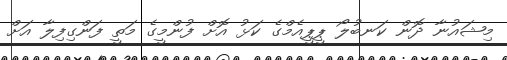
މިޝައުނާ ދޮން ކަނބުލޯ ޕީޕީއެމްގެ ކަޅު އޮށް ފުންމީގެ މަތީ ފަންގިފިލާ އަށް